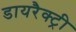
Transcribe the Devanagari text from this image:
डायरैक्ट्री